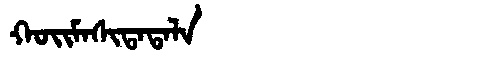
Manchu: ᡴᠣᡳᠮᠠᠰᡳᡨᠠᡨᠠᠯᠠ
Romanization: KOIMASITATALA